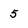
Character: 5